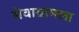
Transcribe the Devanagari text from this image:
सेवाग्रामला